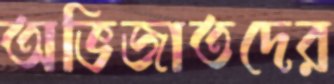
অভিজাতদের